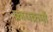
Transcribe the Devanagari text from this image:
क्रायक्रमों